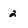
Character: 2